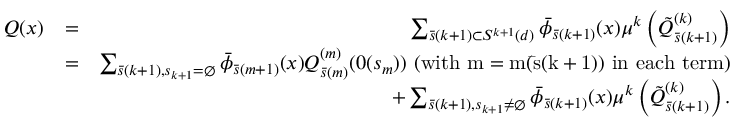
\begin{array} { r l r } { Q ( x ) } & { = } & { \sum _ { \bar { s } ( k + 1 ) \subset { \cal S } ^ { k + 1 } ( d ) } \bar { \phi } _ { \bar { s } ( k + 1 ) } ( x ) \mu ^ { k } \left( \tilde { Q } _ { \bar { s } ( k + 1 ) } ^ { ( k ) } \right) } \\ & { = } & { \sum _ { \bar { s } ( k + 1 ) , s _ { k + 1 } = \emptyset } \bar { \phi } _ { \bar { s } ( m + 1 ) } ( x ) Q _ { \bar { s } ( m ) } ^ { ( m ) } ( 0 ( s _ { m } ) ) \mathrm { ~ ( w i t h ~ m = m ( \bar { s } ( k + 1 ) ) ~ i n ~ e a c h ~ t e r m ) } } \\ & { } & { + \sum _ { \bar { s } ( k + 1 ) , s _ { k + 1 } \not = \emptyset } \bar { \phi } _ { \bar { s } ( k + 1 ) } ( x ) \mu ^ { k } \left( \tilde { Q } _ { \bar { s } ( k + 1 ) } ^ { ( k ) } \right) . } \end{array}